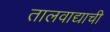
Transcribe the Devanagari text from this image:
तालवाद्याची